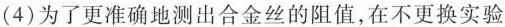
(4) 为了更准确地测出合金丝的阻值，在不更换实验